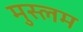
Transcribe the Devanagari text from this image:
मुस्लम